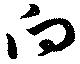
向